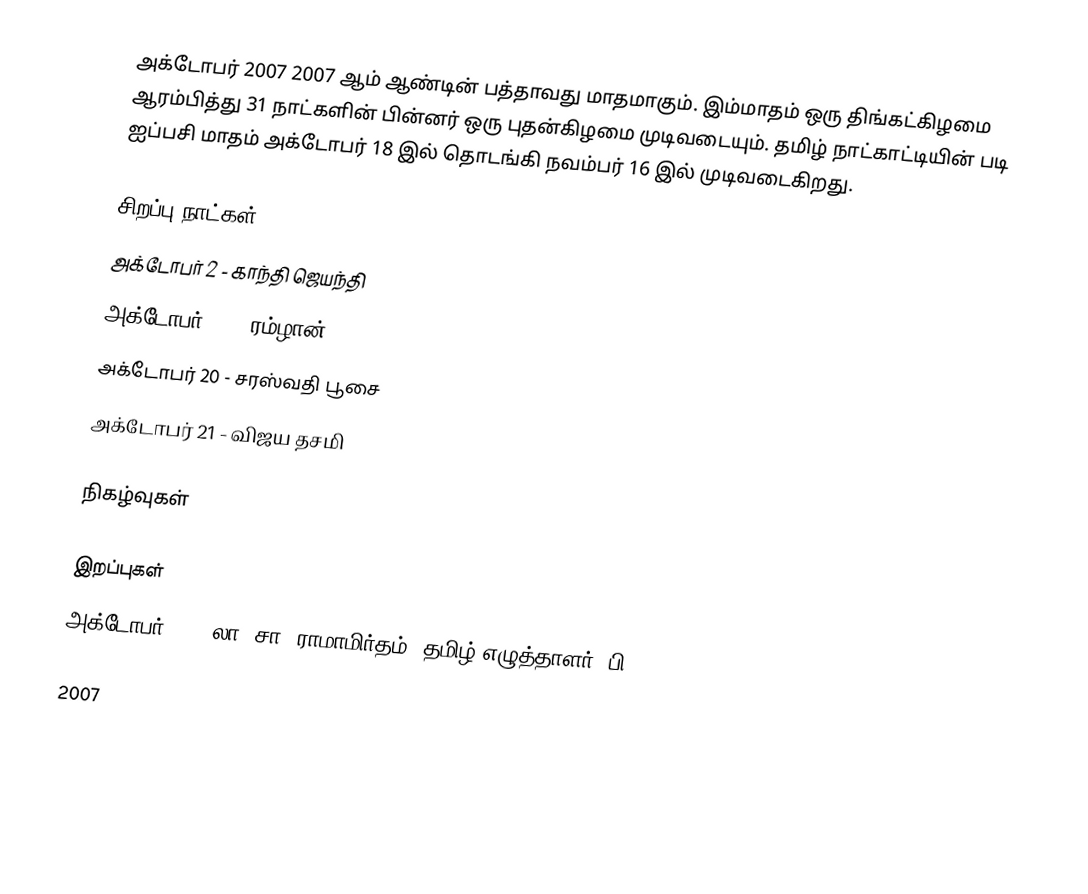
அக்டோபர் 2007 2007 ஆம் ஆண்டின் பத்தாவது மாதமாகும். இம்மாதம் ஒரு திங்கட்கிழமை ஆரம்பித்து 31 நாட்களின் பின்னர் ஒரு புதன்கிழமை முடிவடையும். தமிழ் நாட்காட்டியின் படி ஐப்பசி மாதம் அக்டோபர் 18 இல் தொடங்கி நவம்பர் 16 இல் முடிவடைகிறது.

சிறப்பு நாட்கள்
 அக்டோபர் 2 - காந்தி ஜெயந்தி
 அக்டோபர் 14 - ரம்ழான்
 அக்டோபர் 20 - சரஸ்வதி பூசை
 அக்டோபர் 21 - விஜய தசமி

நிகழ்வுகள்

இறப்புகள்
 அக்டோபர் 29 - லா. சா. ராமாமிர்தம், தமிழ் எழுத்தாளர் (பி. 1916)

2007